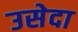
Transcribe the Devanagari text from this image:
उसेदा